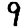
Digit: 9